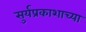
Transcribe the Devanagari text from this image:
सुर्यप्रकाशाच्या